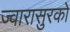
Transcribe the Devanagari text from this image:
ज्वारासुरकाे